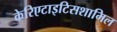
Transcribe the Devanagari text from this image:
केरिएटाइटिसशामिल